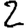
Digit: 2